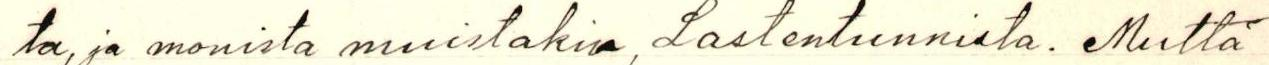
ta, ja monista muistakin, Lastentunnista. Muttä